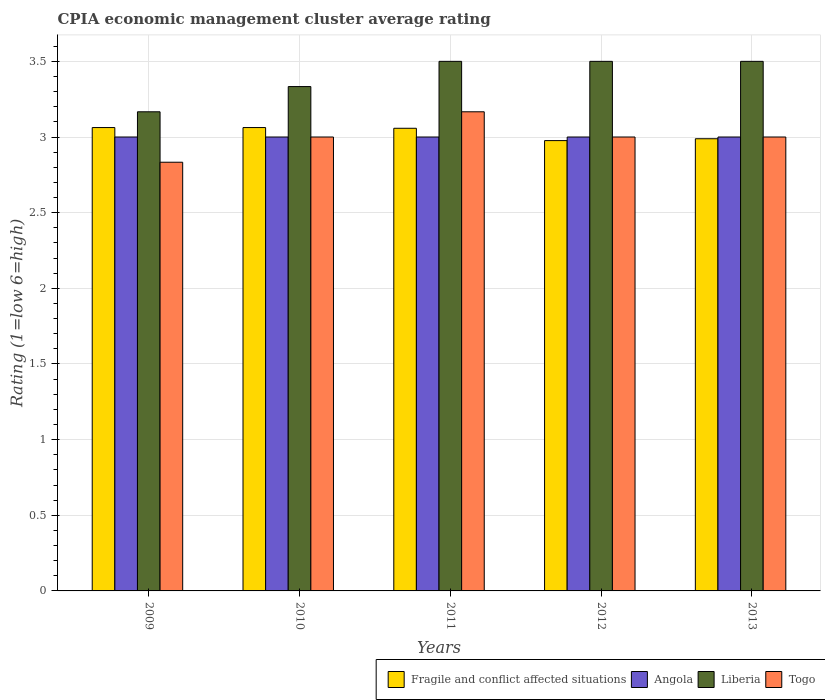
| Years | Fragile and conflict affected situations | Angola | Liberia | Togo |
 | --- | --- | --- | --- | --- |
 | 2009 | 3.06 | 3 | 3.17 | 2.83 |
 | 2010 | 3.06 | 3 | 3.33 | 3 |
 | 2011 | 3.06 | 3 | 3.5 | 3.17 |
 | 2012 | 2.98 | 3 | 3.5 | 3 |
 | 2013 | 2.99 | 3 | 3.5 | 3 |